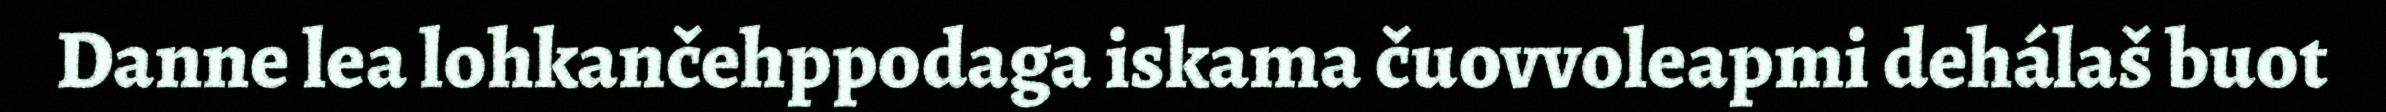
Danne lea lohkančehppodaga iskama čuovvoleapmi dehálaš buot